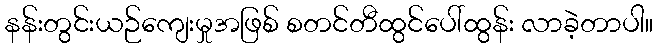
နန်းတွင်းယဉ်ကျေးမှုအဖြစ် စတင်တီထွင်ပေါ်ထွန်း လာခဲ့တာပါ။